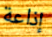
إذاعة